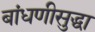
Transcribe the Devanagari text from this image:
बांधणीसुद्धा